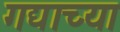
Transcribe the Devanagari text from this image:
गद्याच्या